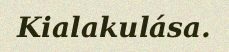
Kialakulása.